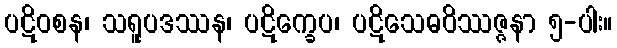
ပဋိဝစန၊ သရူပဒဿန၊ ပဋိက္ခေပ၊ ပဋိသေဓဝိဿဇ္ဇနာ ၅-ပါး။